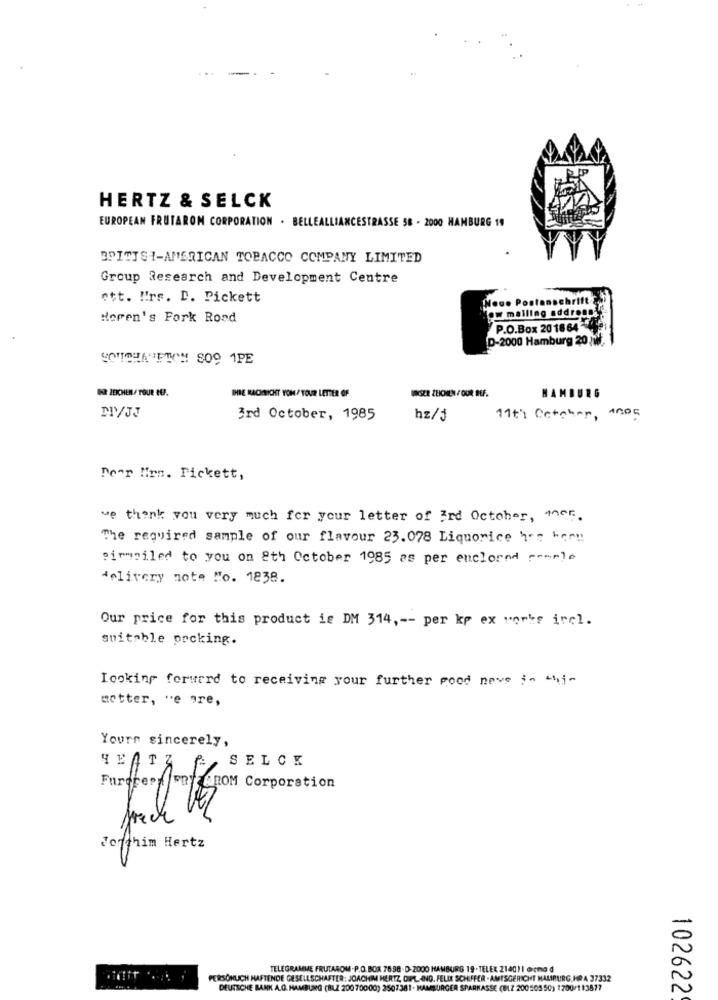
HERTZ & SELCK
EUROPEAN FRUTAROM CORPORATION . BELLEALLIANCESTRASSE 58 . 2000 HAMBURG 19
BPITTSI-AMERICAN TOBACCO COMPANY LIMITED
Group Research and Development Centre
ett. !! rs. D. Pickett
Horen's Fork Road
P.O.Box 201664
D-2000 Hamburg 20 :w.
DR ZEICHEN/ TOUR REP.
VESZE ZEICHEN / OUR BEF.
IHRE KACINICHT YON / YOUR LETTER OF
HAMBURG
DI/JJ
3rd October, 1985
hz/j
11ti Catcher, 4005
Dear Mrs. Pickett,
we thank you very much for your letter of 3rd October, mer.
The required sample of our flavour 23.078 Liquorice 1's her !!
pirmailed to you on 8th October 1985 as per enclosed people
delivery note "o. 1838.
Our price for this product is DM 314, -- per kp ex works ircl.
suitable prcking.
Looking forward to receiving your further good neve in this
motter, "e ore,
Yours sincerely,
SELCK
BEATA
FurdreefFRY AROM Corporation
filth
Jorthim Hertz
TELEGRAMME FRUTAROM.P.O. BOX 7638- D-2000 HAMBURG 19. TELEX 214011 orema d
PERSÖNLICH HAFTENDE GESELLSCHAFTER: JOACHIM HERTZ, OFFL .- ING. FELIR SCHIFFER - AMTSGERICHT MALIBURG, HRA 37332
DEUTSCHE BANK A.G. HAMBURG (BLZ 200 70000) 3507381- HAMBURGER SPARKASSE (BLZ 20050550) 1700/113877
102622